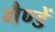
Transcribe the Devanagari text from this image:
गैण्डें